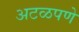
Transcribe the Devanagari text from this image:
अटळपणे